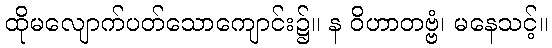
ထိုမလျောက်ပတ်သောကျောင်း၌။ န ဝိဟာတဗ္ဗံ၊ မနေသင့်။